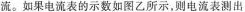
流。如果电流表的示数如图乙所示，则电流表测出